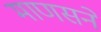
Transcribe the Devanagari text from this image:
माणसने